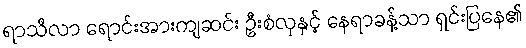
ရာသီလာ ရောင်းအားကျဆင်း ဦးစံလှနှင့် နေရာခန့်သာ ရှင်းပြနေ၏